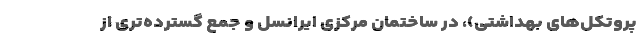
پروتکل‌های بهداشتی)، در ساختمان مرکزی ایرانسل و جمع گسترده‌تری از